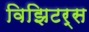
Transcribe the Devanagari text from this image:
विझिटर्स